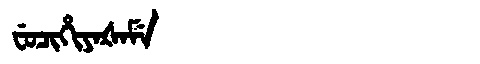
Manchu: ᠸᡠᠴᡳᡥᡳᠶᠠᡧᠠᠮᡝ
Romanization: FUCIHIYAŠAME